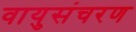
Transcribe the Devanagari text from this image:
वायुसंचरण